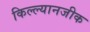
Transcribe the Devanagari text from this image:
किल्ल्यानजीक